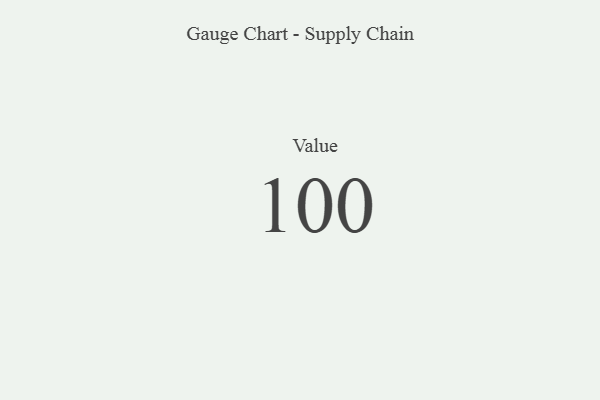
{"axis": {"x": "Metric", "y": "Value"}, "legend": [""], "data": [{"x": "Value", "y": 100, "type": ""}]}